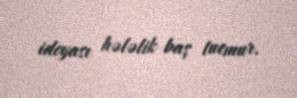
ideyası hələlik baş tutmur.